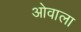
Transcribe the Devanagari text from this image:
ओवाला